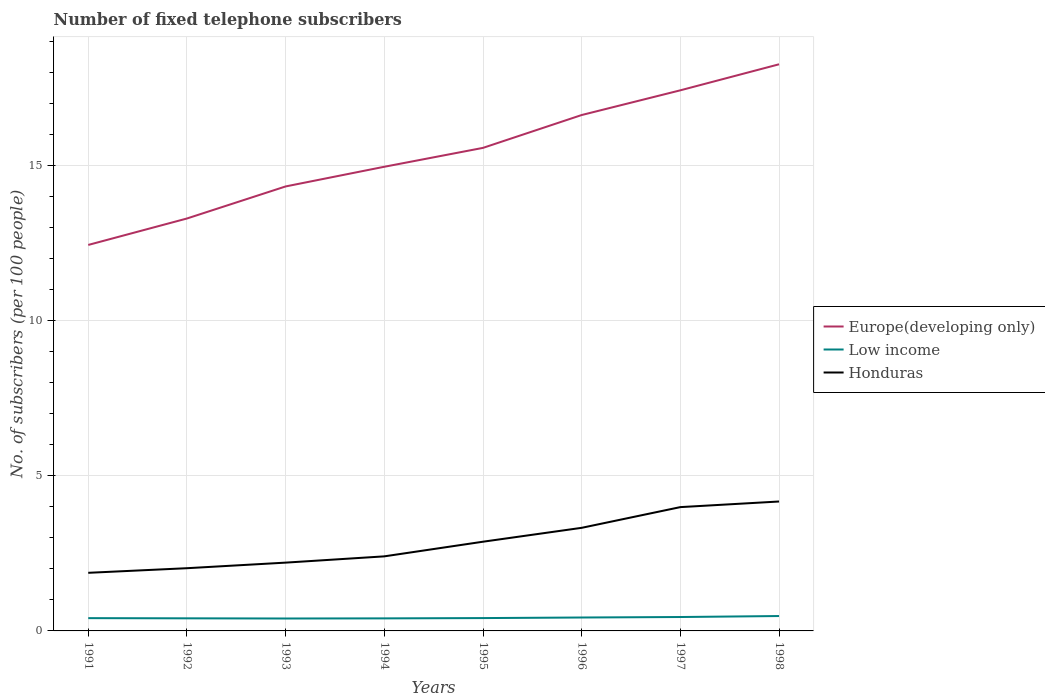
| Years | Europe(developing only) | Low income | Honduras |
 | --- | --- | --- | --- |
 | 1991 | 12.4 | 0.412 | 1.87 |
 | 1992 | 13.3 | 0.406 | 2.02 |
 | 1993 | 14.3 | 0.4 | 2.2 |
 | 1994 | 15 | 0.404 | 2.4 |
 | 1995 | 15.6 | 0.414 | 2.88 |
 | 1996 | 16.6 | 0.433 | 3.32 |
 | 1997 | 17.4 | 0.448 | 3.99 |
 | 1998 | 18.3 | 0.48 | 4.17 |